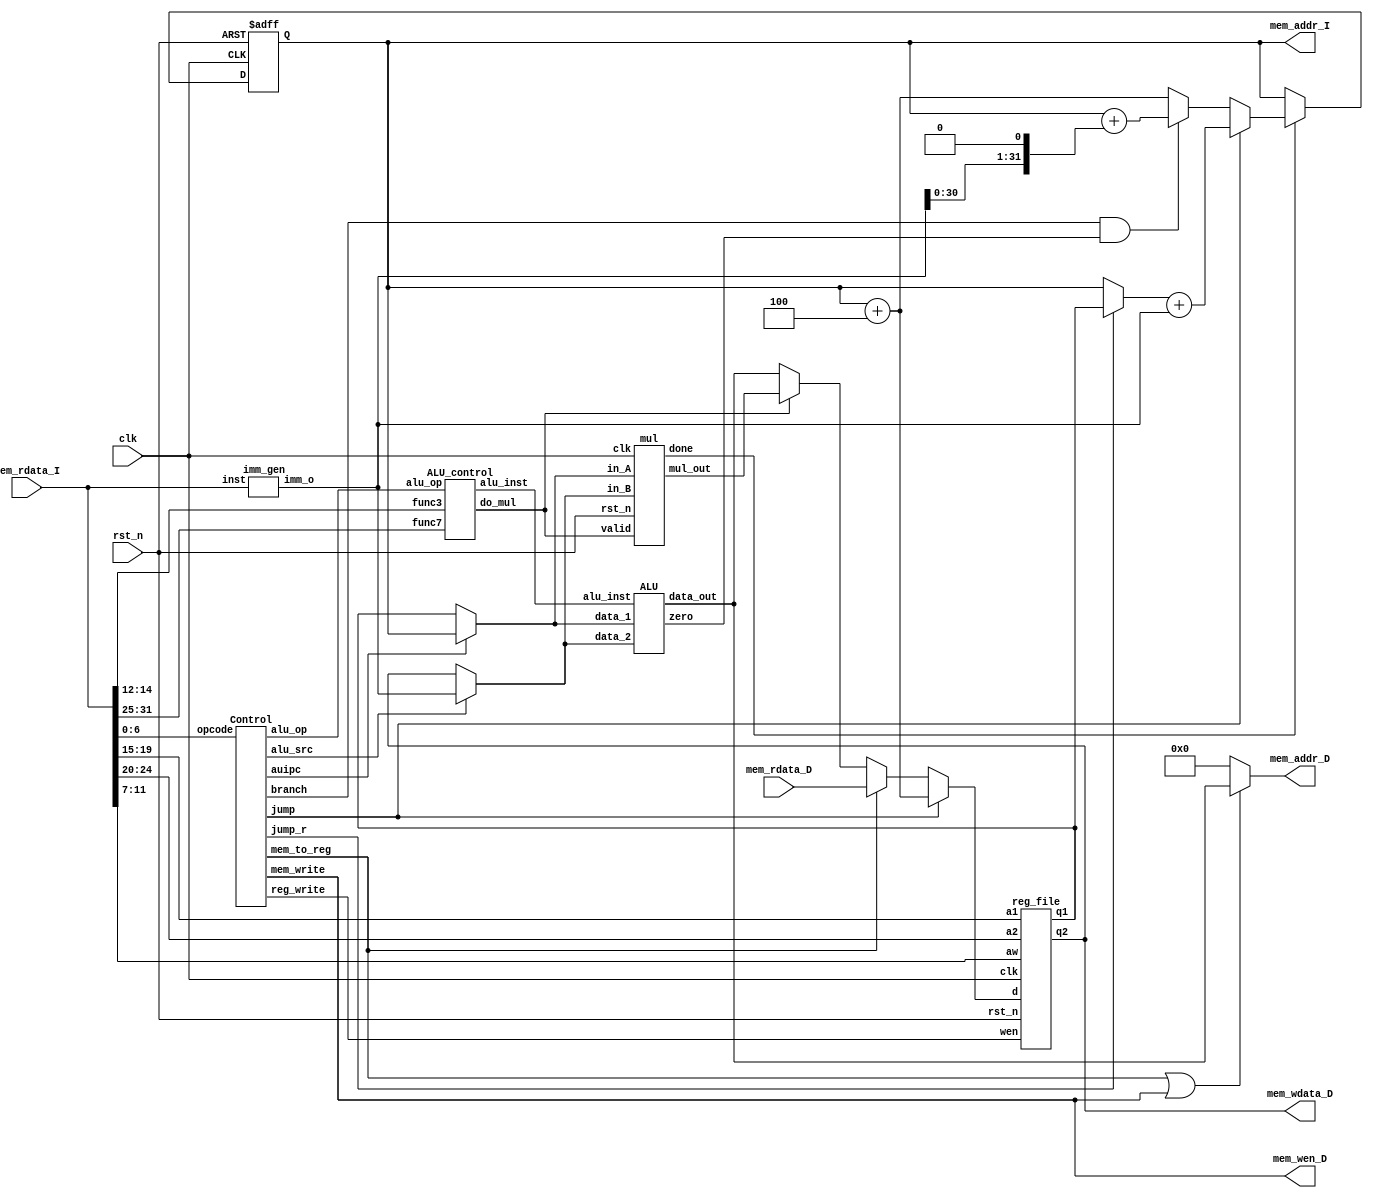
// Your code
module CHIP(clk,
rst_n,
// For mem_D
mem_wen_D,
mem_addr_D,
mem_wdata_D,
mem_rdata_D,
// For mem_I
mem_addr_I,
mem_rdata_I);

input         clk, rst_n ;
// For mem_D
output        mem_wen_D  ;
output [31:0] mem_addr_D ;
output [31:0] mem_wdata_D;
input  [31:0] mem_rdata_D;
// For mem_I
output [31:0] mem_addr_I ;
input  [31:0] mem_rdata_I;

//---------------------------------------//
// Do not modify this part!!!            //
// Exception: You may change wire to reg //
reg    [31:0] PC          ;              //
wire   [31:0] PC_nxt      ;              //
wire          regWrite    ;              //
wire   [ 4:0] rs1, rs2, rd;              //
wire   [31:0] rs1_data    ;              //
wire   [31:0] rs2_data    ;              //
wire   [31:0] rd_data     ;              //
//---------------------------------------//

assign rs1  = mem_rdata_I[19:15];
assign rs2  = mem_rdata_I[24:20];
assign rd   = mem_rdata_I[11: 7];

//control signal
wire branch,mem_to_reg,alu_src,auipc,jump,jump_r;
wire [1:0] alu_op;
wire [3:0] alu_inst;
wire do_mul;

//alu input output
wire [31:0] alu_input1,alu_input2;
wire [31:0] alu_out,alu_mul_out;
wire [31:0] mul_out;
wire done;
wire zero;

//imm
wire [31:0] imm,imm_ls1;
//pc
wire [31:0] pc_4, pc_imm,pc_branch,PC_rs1,PC_jump;
//wb
wire [31:0] rd_mem_alu;

//---------------------------------------//
// Do not modify this part!!!            //
reg_file reg0(                           //
.clk(clk),                           //
.rst_n(rst_n),                       //
.wen(regWrite),                      //
.a1(rs1),                            //
.a2(rs2),                            //
.aw(rd),                             //
.d(rd_data),                         //
.q1(rs1_data),                       //
.q2(rs2_data));                      //
//---------------------------------------//

// Todo: any combinational/sequential circuit
Control Control(
.opcode(mem_rdata_I[6:0]), 
.branch(branch),
.alu_op(alu_op), 
.alu_src(alu_src),
.mem_write(mem_wen_D), 
.reg_write(regWrite),
.mem_to_reg(mem_to_reg), 
.auipc(auipc),
.jump(jump),
.jump_r(jump_r)
);
imm_gen imm_gen(
.inst(mem_rdata_I),
.imm_o(imm)
);

ALU_control ALU_control(
.func7(mem_rdata_I[31:25]),
.func3(mem_rdata_I[14:12]),  
.alu_op(alu_op),
.alu_inst(alu_inst), 
.do_mul(do_mul)       
);

assign alu_input2=alu_src? imm:rs2_data;
assign alu_input1=auipc? PC :rs1_data;

ALU ALU(
.data_1(alu_input1), 
.data_2(alu_input2), 
.alu_inst(alu_inst), 
.data_out(alu_out), 
.zero(zero)
);

mul mul(
.clk(clk),
.rst_n(rst_n),
.valid(do_mul),
.in_A(alu_input1),
.in_B(alu_input2),
.done(done),
.mul_out(mul_out)
);
//use mul or not
assign alu_mul_out=do_mul?mul_out:alu_out;
//-----------------------------------------------------
//PC_nxt
//branch
assign imm_ls1=imm<<1;
assign pc_4=PC+32'd4;
assign pc_imm=PC+imm_ls1;
assign pc_branch= (branch &zero)?  pc_imm: pc_4;
//jump
assign PC_rs1=jump_r? rs1_data:PC;
assign PC_jump=PC_rs1+imm;
//branch or jump
assign PC_nxt= jump?PC_jump:pc_branch;
// output mem_I_address
assign mem_addr_I = PC;
//--------------------------------------------------
//mem_D_address data
assign rd_mem_alu   =   mem_to_reg  ?   mem_rdata_D:alu_mul_out;
assign rd_data      =   jump        ?   pc_4       :rd_mem_alu;
assign mem_addr_D   =   (mem_to_reg|mem_wen_D)?alu_out:32'b0;
assign mem_wdata_D  =   rs2_data;
//------------------------------------------------------

always @(posedge clk or negedge rst_n) begin
    if (!rst_n) begin
    PC <= 32'h00010000; // Do not modify this value!!!

    end
    else begin
    if (done) begin
        PC <= PC_nxt;
    end
    else begin
        PC <= PC;
    end

    end
    end
endmodule



module Control(opcode, branch, mem_write, mem_to_reg, alu_op, alu_src, auipc, reg_write, jump,jump_r);
    input [6:0] opcode;
    
    output reg branch, mem_write, mem_to_reg, alu_src, reg_write, auipc,jump,jump_r;
    output reg [1:0] alu_op;

    localparam IMM  =   7'b0010011;
    localparam R    =   7'b0110011;
    localparam BEQ  =   7'b1100011;
    localparam LOAD =   7'b0000011;
    localparam STORE=   7'b0100011;
    localparam AUIPC=   7'b0010111;
    localparam JAL  =   7'b1101111;
    localparam JALR =   7'b1100111;

    always @(*) begin
    case(opcode)
    IMM:    begin
        branch = 1'b0;
        mem_write = 1'b0;
        mem_to_reg = 1'b0;
        alu_src = 1'b1;
        reg_write = 1'b1;
        jump = 1'b0;
        jump_r = 1'b0;
        auipc = 1'b0;
        alu_op = 2'b11; 
    end
    R:      begin
        branch = 1'b0;
        mem_write = 1'b0;
        mem_to_reg = 1'b0;
        alu_src = 1'b0;
        reg_write = 1'b1;
        jump = 1'b0;
        jump_r = 1'b0;
        auipc = 1'b0;
        alu_op = 2'b10; 
    end
    BEQ:    begin 
        branch = 1'b1;
        mem_write = 1'b0;
        mem_to_reg = 1'b0;
        alu_src = 1'b0;
        reg_write = 1'b0;
        jump = 1'b0;
        jump_r = 1'b0;
        auipc = 1'b0;
        alu_op = 2'b01;
    end
    LOAD:   begin
        branch = 1'b0;
        mem_write = 1'b0;
        mem_to_reg = 1'b1;
        alu_src = 1'b1;
        reg_write = 1'b1;     
        jump = 1'b0;
        jump_r = 1'b0;
        auipc = 1'b0;
        alu_op = 2'b00;
    end
    STORE:  begin 
        branch = 1'b0;
        mem_write = 1'b1;
        mem_to_reg = 1'b0;
        alu_src = 1'b1;
        reg_write = 1'b0;
        jump = 1'b0;
        jump_r = 1'b0;
        auipc = 1'b0;
        alu_op = 2'b00;
    end
    AUIPC:  begin 
        branch = 1'b0;
        mem_write = 1'b0;
        mem_to_reg = 1'b0;
        alu_src = 1'b1;
        reg_write = 1'b1;
        jump = 1'b0;
        jump_r = 1'b0;
        auipc = 1'b1;
        alu_op = 2'b11;
    end
    JALR:   begin
        branch = 1'b0;
        mem_write = 1'b0;
        mem_to_reg = 1'b0;
        alu_src = 1'b1;
        reg_write = 1'b1;
        jump = 1'b1; 
        jump_r = 1'b1;
        auipc = 1'b0; 
        alu_op = 2'b00;
    end
    JAL:    begin 
        branch = 1'b0;
        mem_write = 1'b0;
        mem_to_reg = 1'b0;
        alu_src = 1'b1;
        reg_write = 1'b1;
        jump = 1'b1; 
        jump_r = 1'b0;
        auipc = 1'b0; 
        alu_op = 2'b00;
    end
    default:begin
        branch = 1'b0;
        mem_write = 1'b0;
        mem_to_reg = 1'b0;
        alu_src = 1'b0; 
        reg_write = 1'b0;
        jump = 1'b0; 
        jump_r = 1'b0;
        auipc = 1'b0;
        alu_op = 2'b00; 
    end
    endcase 
    end

endmodule



module ALU_control(func3,func7, alu_op, alu_inst, do_mul);
    input [2:0] func3;
    input [6:0] func7;
    input [1:0] alu_op;

    output  reg [3:0]   alu_inst;
    output  reg         do_mul;

    localparam  BEQ =   2'b01;
    localparam  LS  =   2'b00;
    localparam  IMM =   2'b11;
    localparam  R   =   2'b10;

    localparam  ADD =   4'b0010;
    localparam  SUB =   4'b0110;
    localparam  SLL =   4'b1001;
    localparam  SLT =   4'b0111;
    localparam  SRL =   4'b1000;
    localparam  MUL =   4'b0000;
    localparam  XOR =   4'b0100;
    localparam  BGE =   4'b1010;

    always@(*) begin
    case(alu_op)
    BEQ : case(func3)
        3'b000  : alu_inst = SUB ; //beq
        3'b101  : alu_inst = BGE ; //bge
        default : alu_inst = SUB ;
        endcase
    LS  : alu_inst = 4'b0010; //load,store
    IMM : case(func3)
        3'b000: alu_inst = ADD; //addi
        3'b001: alu_inst = SLL; //slli  
        3'b010: alu_inst = SLT; //slti          
        3'b101: alu_inst = SRL; //srli
        default:alu_inst = SUB;
        endcase
    R   : case({func7,func3})
        10'b0000001000: alu_inst = MUL; 
        10'b0000000000: alu_inst = ADD; 
        10'b0000000100: alu_inst = XOR; 
        10'b0100000000: alu_inst = SUB;    
        default: alu_inst = SUB;
        endcase
    default: alu_inst = SUB;

    endcase

    if (alu_op == R && func7[0] == 1'b1) do_mul = 1'b1;
    else do_mul = 1'b0;
    
    end
endmodule

module imm_gen(inst, imm_o);
    input  [31:0] inst;
    output reg [31:0] imm_o;
    localparam IMM  =   7'b0010011;
    localparam R    =   7'b0110011;
    localparam BEQ  =   7'b1100011;
    localparam LOAD =   7'b0000011;
    localparam STORE=   7'b0100011;
    localparam AUIPC=   7'b0010111;
    localparam JAL  =   7'b1101111;
    localparam JALR =   7'b1100111;
    wire [6:0] opcode ;
    assign opcode=inst[6:0];
    always @(*)
    case(opcode)
        IMM:    imm_o   =   {{20{inst[31]}},inst[31:20]};
        JALR:   imm_o   =   {{20{inst[31]}},inst[31:20]};
        STORE:  imm_o   =   {{20{inst[31]}} ,inst[31:25],inst[11:7]};
        LOAD:   imm_o   =   {{20{inst[31]}}, inst[31:20]};
        BEQ:    imm_o   =   {{20{inst[31]}},inst[31],inst[7],inst[30:25],inst[11:8]};
        AUIPC:  imm_o   =   {inst[31:12],12'b0};
        JAL:    imm_o   =   {{12{inst[31]}},inst[19:12],inst[20],inst[30:21],1'b0};
        default:imm_o   =   {{20{inst[31]}},inst[31:20]};
    endcase
endmodule

module ALU(data_1, data_2, alu_inst, data_out, zero);
    input [31:0] data_1, data_2;
    input [3:0] alu_inst;
    output [31:0] data_out;
    output zero;

    reg [31:0] data_out_r;
    assign data_out = data_out_r;
    assign zero = (data_out_r== 32'b0)? 1'b1:1'b0;

    localparam  ADD =   4'b0010;
    localparam  SUB =   4'b0110;
    localparam  SLL =   4'b1001;
    localparam  SLT =   4'b0111;
    localparam  SRL =   4'b1000;
    localparam  MUL =   4'b0000;
    localparam  XOR =   4'b0100;
    localparam  BGE =   4'b1010;

    always @(*) begin
        case(alu_inst)
            ADD: data_out_r = data_1 + data_2;
            XOR: data_out_r = data_1 ^ data_2;
            SUB: data_out_r = data_1 - data_2;
            SLT: data_out_r = (data_1 < data_2)? 32'b1:32'b0;
            SRL: data_out_r = data_1 >> data_2;
            SLL: data_out_r = data_1 << data_2;
            BGE: data_out_r = (data_1 >= data_2)? 32'b0:32'b1;
           
            default: data_out_r = 32'b0;
        endcase
    end
endmodule

module mul(clk, rst_n, valid,in_A, in_B, done, mul_out);

    input         clk, rst_n;
    input         valid;
    input  [31:0] in_A, in_B;
    output  reg      done;
    output [31:0] mul_out;

    // Definition of state_ps
    parameter IDLE = 2'b00;
    parameter MUL  = 2'b01;
    parameter OUT  = 2'b10;

    // Todo: Wire and reg if needed
    reg  [ 1:0] state_p, state_n;
    reg  [ 4:0] counter_p, counter_n;
    reg  [63:0] shreg_p, shreg_n;
    reg  [31:0] alu_in, alu_in_next;
    reg  [32:0] alu_out;
    assign mul_out=shreg_p[31:0];
//FSM
//-------------------------------------------------------
    always @(*) begin
        case(state_p)
            IDLE: begin
                if (valid) begin
                    state_n = MUL;
                    counter_n = 0;
                    done = 0;
                end
                else begin
                    state_n = IDLE;
                    counter_n = 0;
                    done = 1;
                end
            end
            MUL : begin 
                if (counter_p == 5'd31) begin
                    state_n = OUT;
                    counter_n = counter_p + 1;
                    done = 0;
                end
                else begin
                    state_n = MUL;
                    counter_n = counter_p + 1;
                    done = 0;
                end
            end
            OUT : begin
                state_n = IDLE;
                counter_n = 0;
                done = 1;
            end
            default : begin
                state_n = OUT;
                counter_n = 0;
                done = 1;
        end
        endcase
    end
// load ALU input-->control:B
//-----------------------------------------------------
    always @(*) begin
    case(state_p)
    IDLE: begin           
        if (valid)  alu_in_next = in_B;
        else alu_in_next = 0;
    end
    MUL:alu_in_next = alu_in;
    OUT : alu_in_next = 0;
    default: alu_in_next = alu_in;
    endcase
    end

//shift register
//-----------------------------------------------------------
    always @(*) begin
    case(state_p)
    IDLE: begin
            if (valid)  shreg_n = {32'b0,in_A};
            else shreg_n = 0;
    end

    MUL:    shreg_n={alu_out,shreg_p[31:1]};

    OUT:    shreg_n = shreg_p;
    default:shreg_n = 64'b0;

    endcase
    end
// ALU output
//------------------------------------------------------
    always @(*) begin
        if(state_p== MUL) begin
            if(shreg_p[0]==1) alu_out=shreg_p[63:32]+alu_in;
            else alu_out=shreg_p[63:32];
        end
        else alu_out = 0;
        end

//pipeline
//--------------------------------------------------------------------
    always @(posedge clk or negedge rst_n) begin
    if (!rst_n) begin
        state_p <= IDLE;
    end
    else begin 
        alu_in <= alu_in_next;
        counter_p <= counter_n;
        shreg_p <= shreg_n;
        state_p <= state_n;
    end
    end
endmodule

//don't change'

module reg_file(clk, rst_n, wen, a1, a2, aw, d, q1, q2);
    parameter BITS = 32;
    parameter word_depth = 32;
    parameter addr_width = 5; // 2^addr_width >= word_depth

    input clk, rst_n, wen; // mem_write: 0:read | 1:write
    input [BITS-1:0] d;
    input [addr_width-1:0] a1, a2, aw;

    output [BITS-1:0] q1, q2;

    reg [BITS-1:0] mem [0:word_depth-1];
    reg [BITS-1:0] mem_nxt [0:word_depth-1];

    integer i;

    assign q1 = mem[a1];
    assign q2 = mem[a2];

    always @(*) begin
    for (i=0; i<word_depth; i=i+1)
    mem_nxt[i] = (wen && (aw == i)) ? d : mem[i];
    end

    always @(posedge clk or negedge rst_n) begin
    if (!rst_n) begin
    mem[0] <= 0;
    for (i=1; i<word_depth; i=i+1) begin
        case(i)
            32'd2: mem[i] <= 32'hbffffff0;
            32'd3: mem[i] <= 32'h10008000;
            default: mem[i] <= 32'h0;
        endcase
    end
    end
    else begin
    mem[0] <= 0;
    for (i=1; i<word_depth; i=i+1)
        mem[i] <= mem_nxt[i];
    end       
    end
endmodule